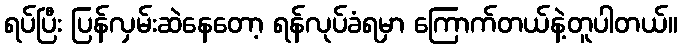
ရပ်ပြီး ပြန်လှမ်းဆဲနေတော့ ရန်လုပ်ခံရမှာ ကြောက်တယ်နဲ့တူပါတယ်။